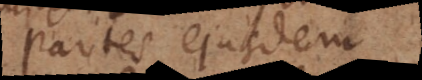
Partes ejusdem